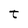
Character: t